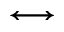
\longleftrightarrow